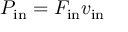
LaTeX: P _ { \mathrm { i n } } = F _ { \mathrm { i n } } v _ { \mathrm { i n } }